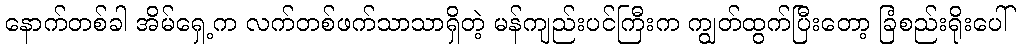
နောက်တစ်ခါ အိမ်ရှေ့က လက်တစ်ဖက်သာသာရှိတဲ့ မန်ကျည်းပင်ကြီးက ကျွတ်ထွက်ပြီးတော့ ခြံစည်းရိုးပေါ်